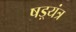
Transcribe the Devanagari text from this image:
षड़्यंत्र